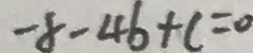
- 8 - 4 6 + c = 0